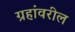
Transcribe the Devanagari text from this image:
ग्रहांवरील